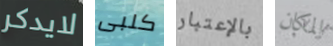
لايدكر كلبى بالإعتبار المكان